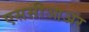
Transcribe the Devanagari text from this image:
एससीआअर